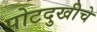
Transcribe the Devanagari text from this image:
पोटदुखीचे